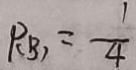
P _ { ( B ) } = \frac { 1 } { 4 }